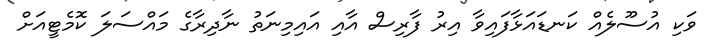
ވަކި އުސޫލެއް ކަނޑައަޅާފައިވާ އިރު ފާރިސް އާއި އައިމިނަތު ނާދިރާގެ މައްސަލަ ކޮމެޓީއަށް